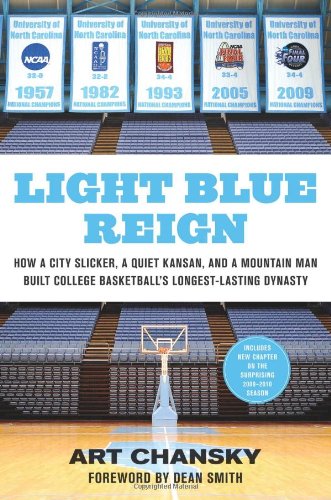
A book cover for Light Blue Reign: How a City Slicker, a Quiet Kansan, and a Mountain Man Built College Basketball's Longest-Lasting Dynasty; Art Chansky; Sports & Outdoors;